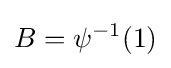
B=\psi ^{-1}(1)